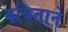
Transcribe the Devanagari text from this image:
बबिताने